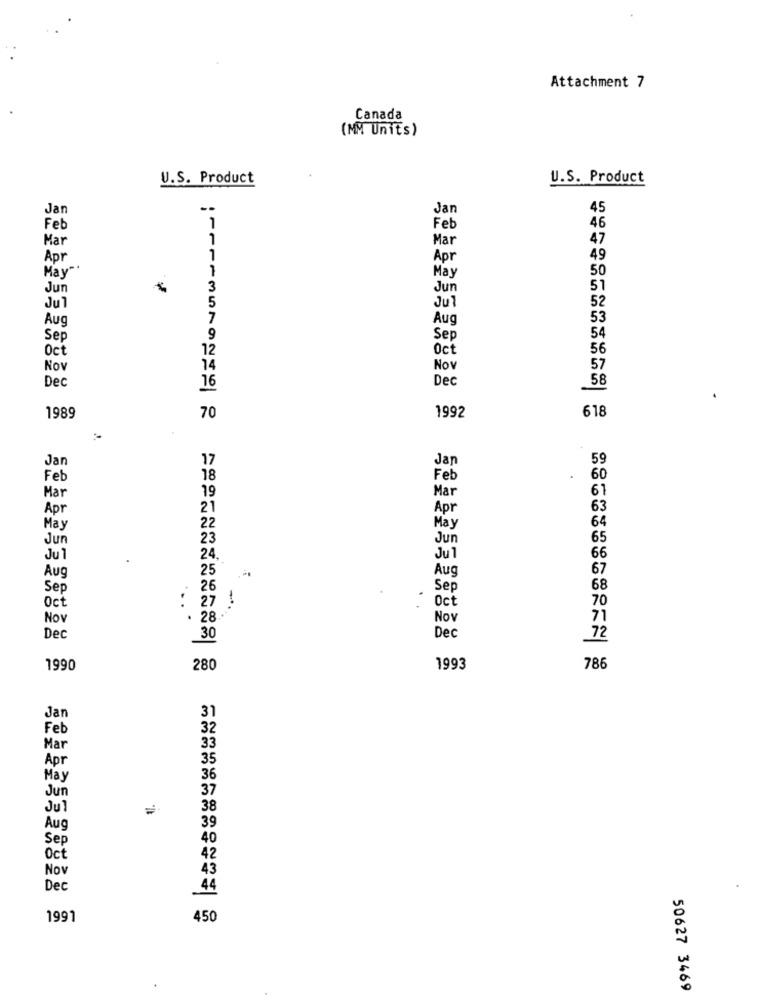
Attachment 7
Canada
(MM Units)
U.S. Product
U.S. Product
Jar
--
Jar
45
Feb
1
Feb
46
Mar
1
Mar
47
Apr
1
Apr
49
50
May"
1
May
Jun
3
Jun
51
Jul
5
Jul
52
Aug
7
Aug
53
Sep
9
Sep
54
Oct
12
Oct
56
Nov
14
Now
57
Dec
Dec
58
16
618
1989
70
1992
Jan
17
59
Jan
Feb
18
Feb
60
Mar
61
Mar
19
Apr
21
Apr
63
22
64
May
May
Jun
23
Jun
65
Ju
24.
Ju 1
66
Aug
25
Aug
67
Sep
26
Sep
68
Oct
70
Oct
27
-*.
Now
. 28 .-
Now
71
Dec
Dec
30
72
1990
280
1993
786
31
Jan
Feb
Mar
Apr
May
Jun
Jul
=
38
Aug
39
Sep
40
Oct
42
Nov
Dec
1991
450
50627 3469